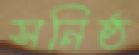
সনিষ্ঠ